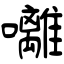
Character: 囄